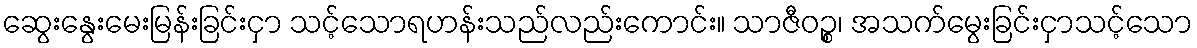
ဆွေးနွေးမေးမြန်းခြင်းငှာ သင့်သောရဟန်းသည်လည်းကောင်း။ သာဇီဝဉ္စ၊ အသက်မွေးခြင်းငှာသင့်သော